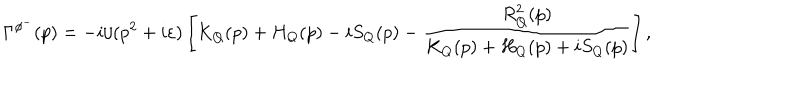
\Gamma ^ { \phi ^ { - } } ( p ) = - i / ( p ^ { 2 } + i \varepsilon ) \left[ K _ { Q } ( p ) + H _ { Q } ( p ) - i S _ { Q } ( p ) - \frac { R _ { Q } ^ { 2 } ( p ) } { K _ { Q } ( p ) + H _ { Q } ( p ) + i S _ { Q } ( p ) } \right] ,